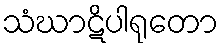
သံဃာဋိပါရုတော